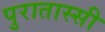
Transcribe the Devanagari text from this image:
पुरातास्सी